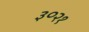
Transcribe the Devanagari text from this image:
३०२१